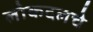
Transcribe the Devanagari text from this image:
लोकदलचे